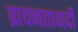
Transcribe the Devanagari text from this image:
प्राचनतावादी